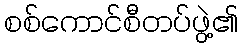
စစ်ကောင်စီတပ်ဖွဲ့၏